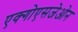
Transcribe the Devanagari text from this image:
एक्गोएसजेओन